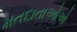
મતદાતાઓએ